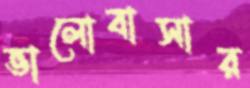
ভালোবাসার